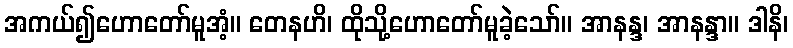
အကယ်၍ဟောတော်မူအံ့။ တေနဟိ၊ ထိုသို့ဟောတော်မူခဲ့သော်။ အာနန္ဒ၊ အာနန္ဒာ။ ဒါနိ၊